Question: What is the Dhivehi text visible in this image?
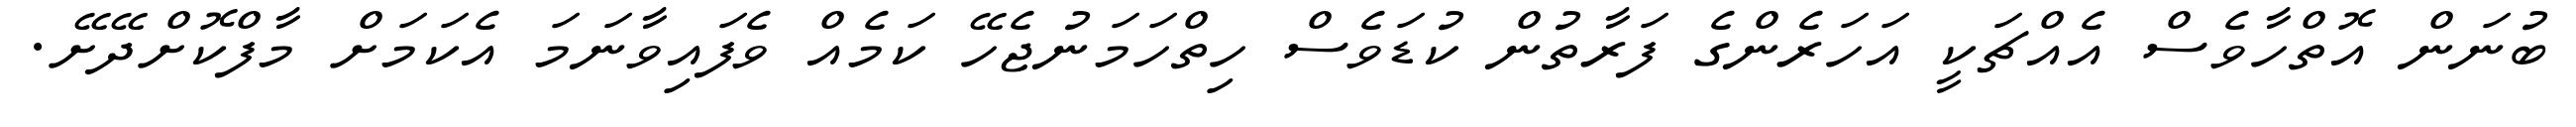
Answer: ބުނަން އޮތްހާވެސް އެއްޗަކީ އަހަރެންގެ ފަރާތުން ކުޑަވެސް ހިތްހަމަނުޖެހޭ ކަމެއް ވެފައިވާނަމަ އެކަމަށް މާފްކޮށްދޭށޭ.